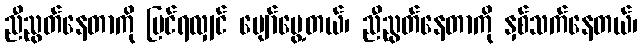
ညီညွတ်နေတာကို မြင်ရလျှင် ပျော်မွေ့တယ်၊ ညီညွတ်နေတာကို နှစ်သက်နေတယ်၊